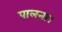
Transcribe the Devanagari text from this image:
पालना।